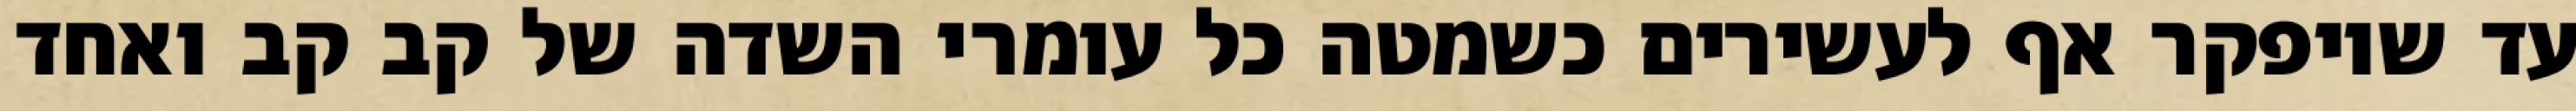
עד שיופקר אף לעשירים כשמטה כל עומרי השדה של קב קב ואחד